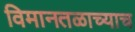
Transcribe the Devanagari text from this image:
विमानतळाच्याच